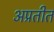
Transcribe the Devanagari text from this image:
अप्रतीत